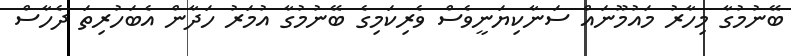
ބޭނުމުގާ މިހާރު މައުމޫނައް ސަނާކިޔަނީވެސް ވެރިކަމިގެ ބޭނުމުގާ އުމަރު ހަދާން އެބަހުރިތަ ދެހާސް